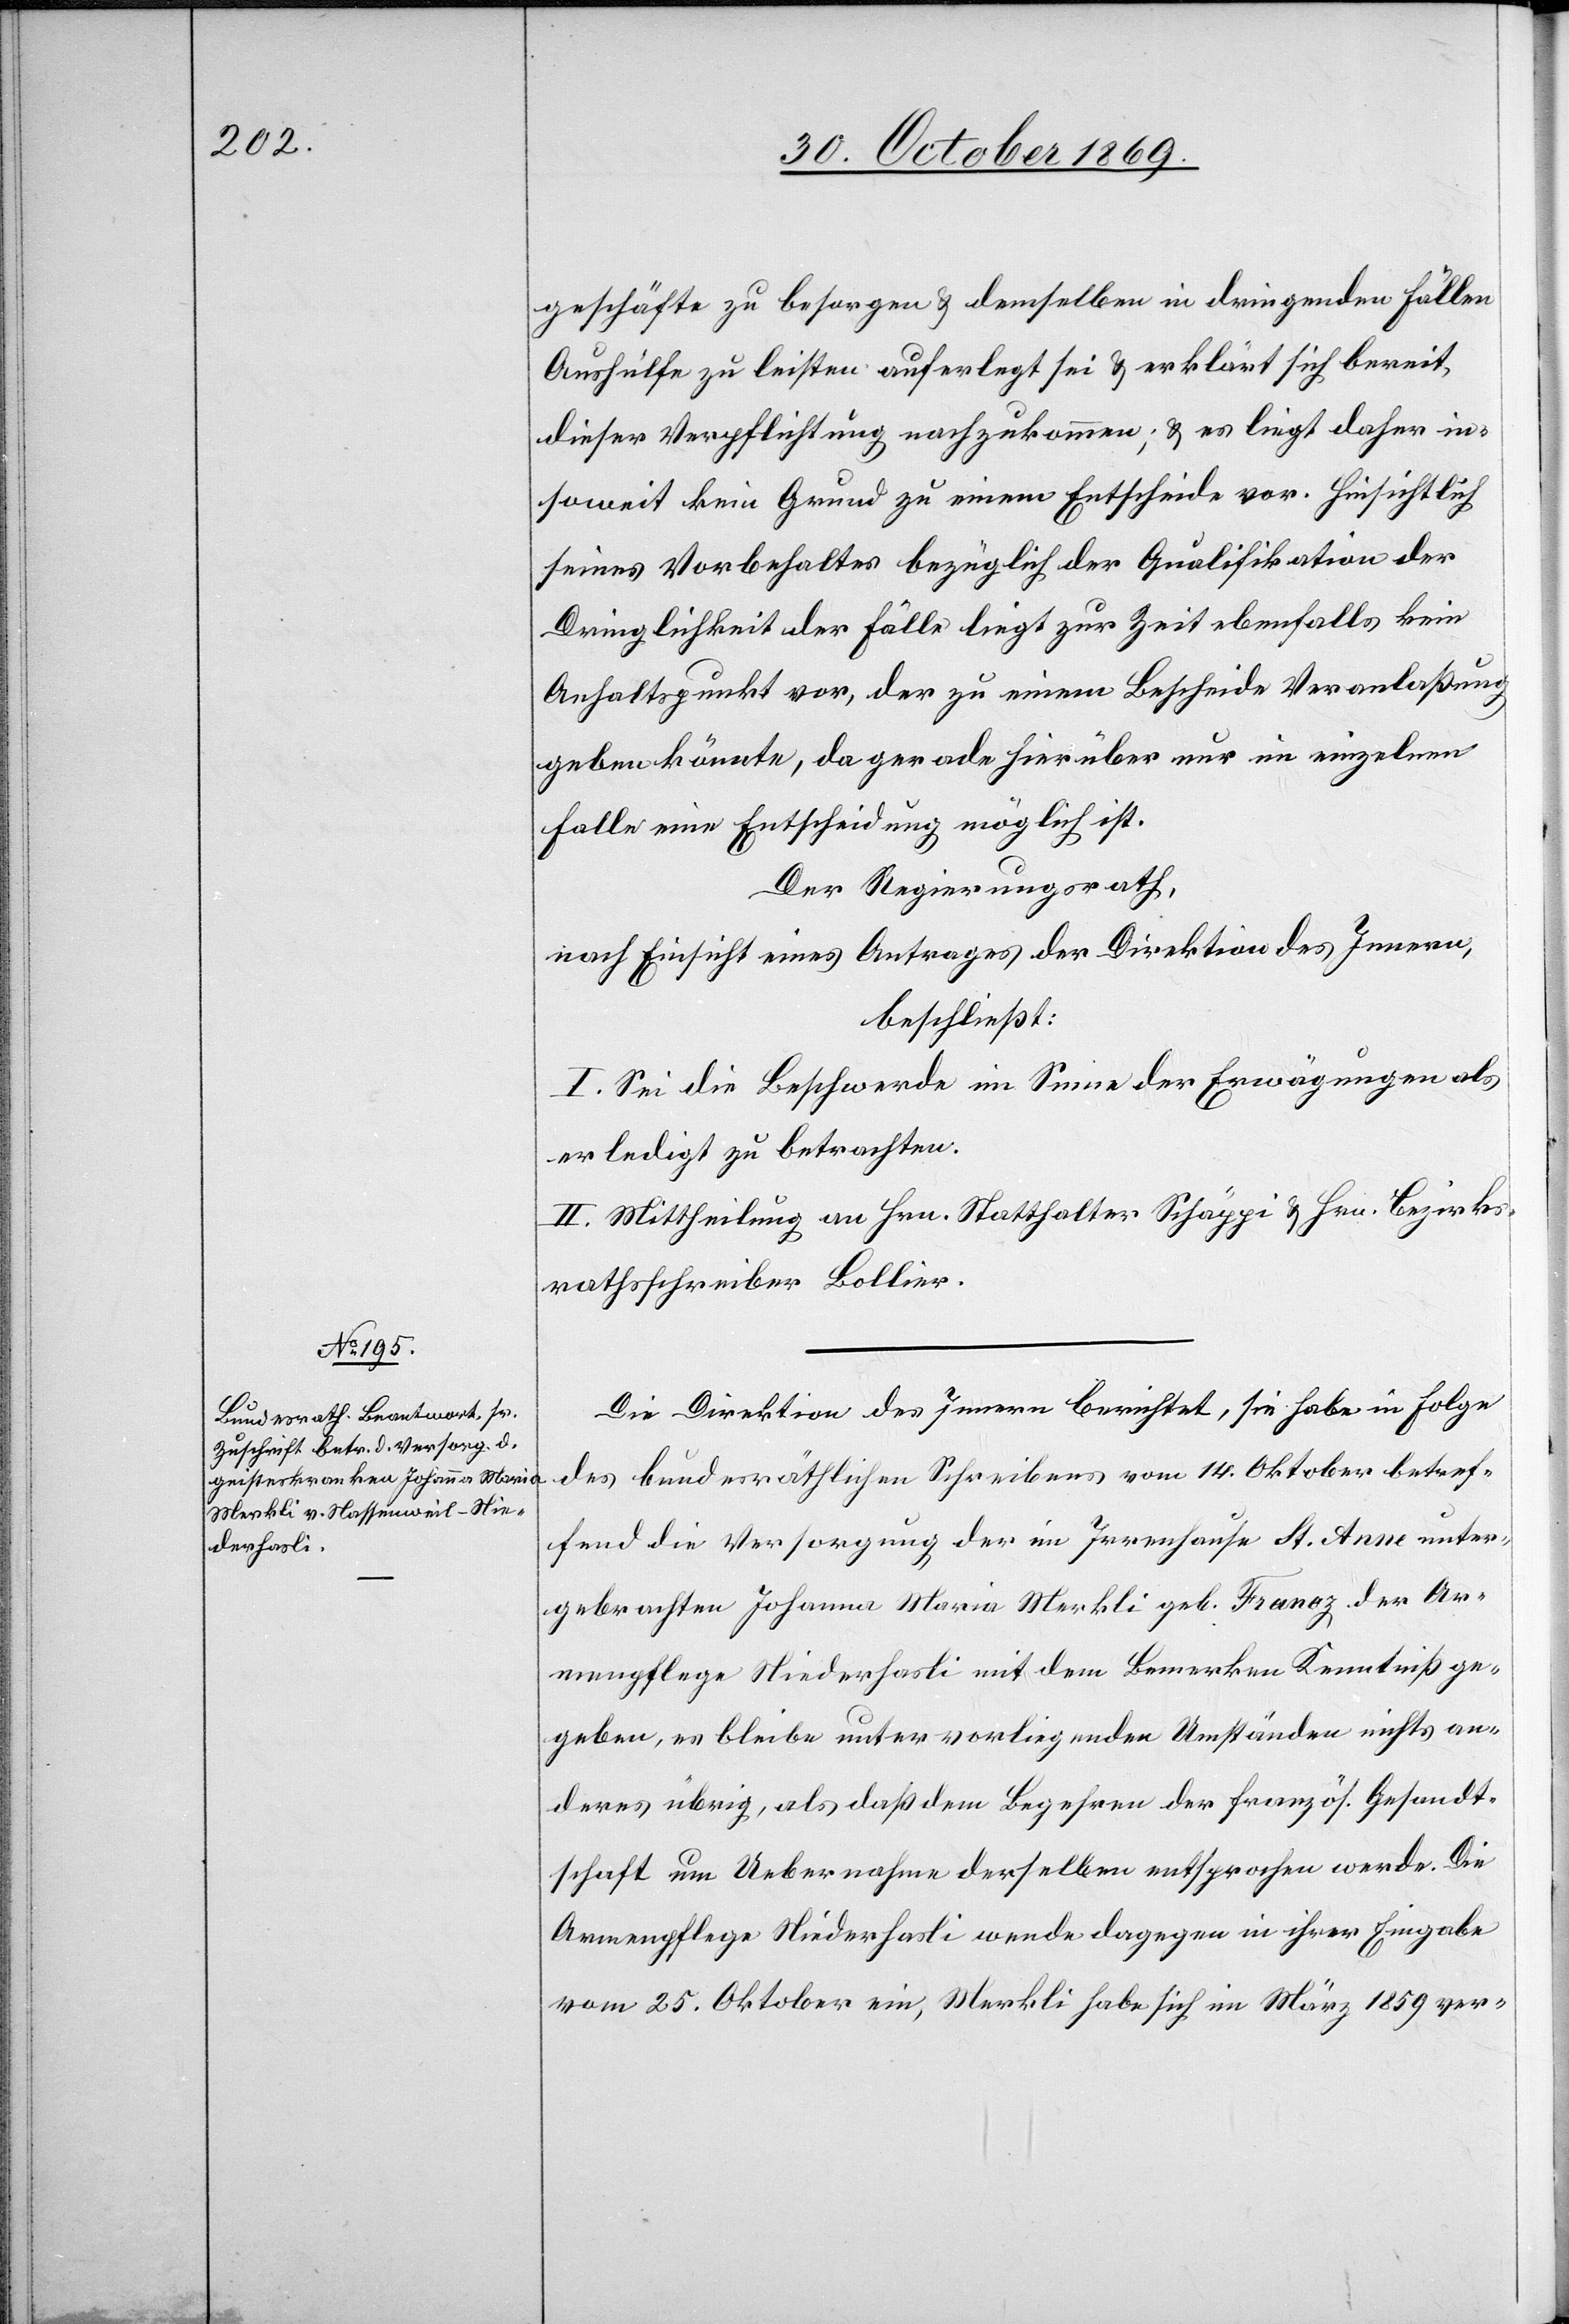
[lei]geschäfte zu besorgen & demselben in dringenden Fällen
Aushülfe zu leisten auferlegt sei & erklärt sich bereit,
dieser Verpflichtung nachzukommen; & es liegt daher in¬
soweit kein Grund zu einem Entscheide vor. Hinsichtlich
seines Vorbehaltes bezüglich der Qualifikation der
Dringlichkeit der Fälle liegt zur Zeit ebenfalls kein
Anhaltspunkt vor, der zu einem Bescheide Veranlaßung
geben könnte, da gerade hierüber nur im einzelnen
Falle eine Entscheidung möglich ist.
Der Regierungsrath,
nach Einsicht eines Antrages der Direktion des Innern,
beschließt:
I. Sei die Beschwerde im Sinne der Erwägungen als
erledigt zu betrachten.
II. Mittheilung an Hrn. Statthalter Schäppi & Hrn. Bezirks¬
rathsschreiber Bollier.
Die Direktion des Innern berichtet, sie habe in Folge
des bundesräthlichen Schreibens vom 14. Oktober betref¬
fend die Versorgung der im Irrenhause St. Anne unter¬
gebrachten Johanna Maria Merkli geb. Franez der Ar¬
menpflege Niederhasli mit dem Bemerken Kenntniß ge¬
geben, es bleibe unter vorliegenden Umständen nichts an¬
deres übrig, als daß dem Begehren der französ. Gesandt¬
schaft um Uebernahme derselben entsprochen werde. Die
Armenpflege Niederhasli wende dagegen in ihrer Eingabe
vom 25. Oktober ein, Merkli habe sich im März 1859 ver-